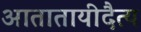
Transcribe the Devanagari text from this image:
आतातायीदैत्य